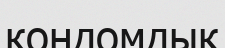
кондомдық